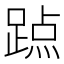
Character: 𨃊